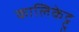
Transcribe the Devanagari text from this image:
कालिकेट्टु